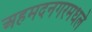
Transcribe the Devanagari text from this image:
अहमदनगरमधले